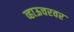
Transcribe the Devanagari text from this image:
व्हाऊचरवर